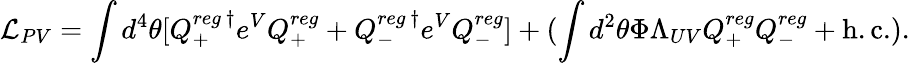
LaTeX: {\cal L}_{PV}=\int d^{4}\theta[Q_{+}^{reg~\dagger}e^{V}Q_{+}^{reg}+Q_{-}^{reg~\dagger}e^{V}Q_{-}^{reg}]+(\int d^{2}\theta\Phi\Lambda_{UV}Q_{+}^{reg}Q_{-}^{reg}+\mathrm{h.c.}).